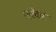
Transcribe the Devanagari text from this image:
नाँक